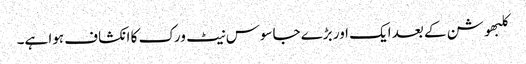
کلبھوشن کے بعد ایک اور بڑے جاسوس نیٹ ورک کا انکشاف ہوا ہے۔